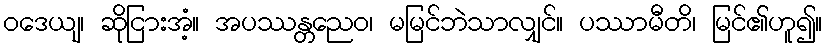
ဝဒေယျ၊ ဆိုငြားအံ့။ အပဿန္တညေဝ၊ မမြင်ဘဲသာလျှင်။ ပဿာမီတိ၊ မြင်၏ဟူ၍။